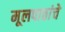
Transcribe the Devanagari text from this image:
मूलपाठांचे